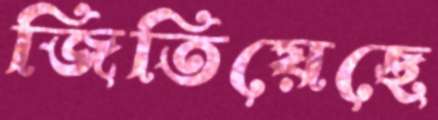
জিতিয়েছে